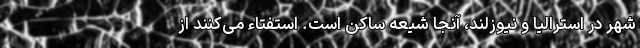
شهر در استرالیا و نیوزلند، آنجا شیعه ساکن است. استفتاء می‌کنند از